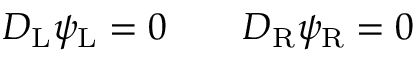
D _ { \mathrm { { L } } } \psi _ { \mathrm { { L } } } = 0 \qquad D _ { \mathrm { { R } } } \psi _ { \mathrm { { R } } } = 0